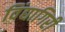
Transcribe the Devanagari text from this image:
विंद्यागिरी